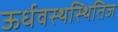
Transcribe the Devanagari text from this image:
ऊर्धवस्थस्थितिज